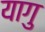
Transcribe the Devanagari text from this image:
यागु